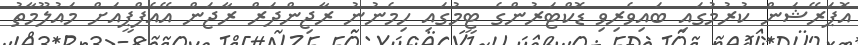
އޮޕަރޭޝަން ކުރުމުގައި ބައިވެރިވި ޑޮކްޓަރުންގެ ޓީމުގައި ހިމެނުނު ރާޖިންދަރް ރާޖަން އޭއެފްޕީއަށް މައުލޫމާތު